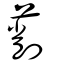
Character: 萷